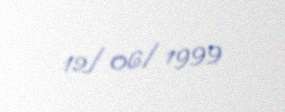
12/06/1999